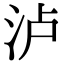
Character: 泸